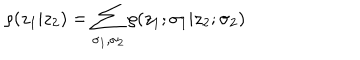
LaTeX: \rho ( z _ { 1 } | z _ { 2 } ) = \sum _ { \sigma _ { 1 } , \sigma _ { 2 } } \rho ( z _ { 1 } ; \sigma _ { 1 } | z _ { 2 } ; \sigma _ { 2 } )